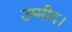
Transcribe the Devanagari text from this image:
उम्मीद।